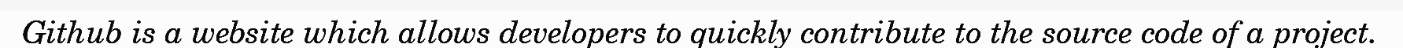
Github is a website which allows developers to quickly contribute to the source code of a project.